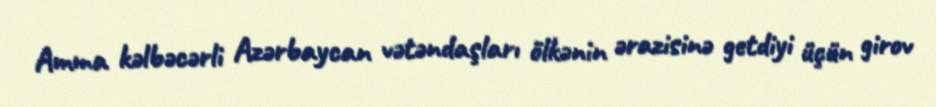
Amma kəlbəcərli Azərbaycan vətəndaşları ölkənin ərazisinə getdiyi üçün girov